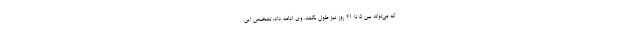
که می‌تواند بین ۵ تا ۲۱ روز نیز طول بکشد. وی ادامه داد: تشخیص این